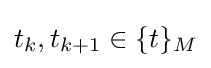
t_{k},t_{k+1}\in \{t\}_{M}